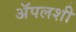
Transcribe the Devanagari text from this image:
अॅपलशी